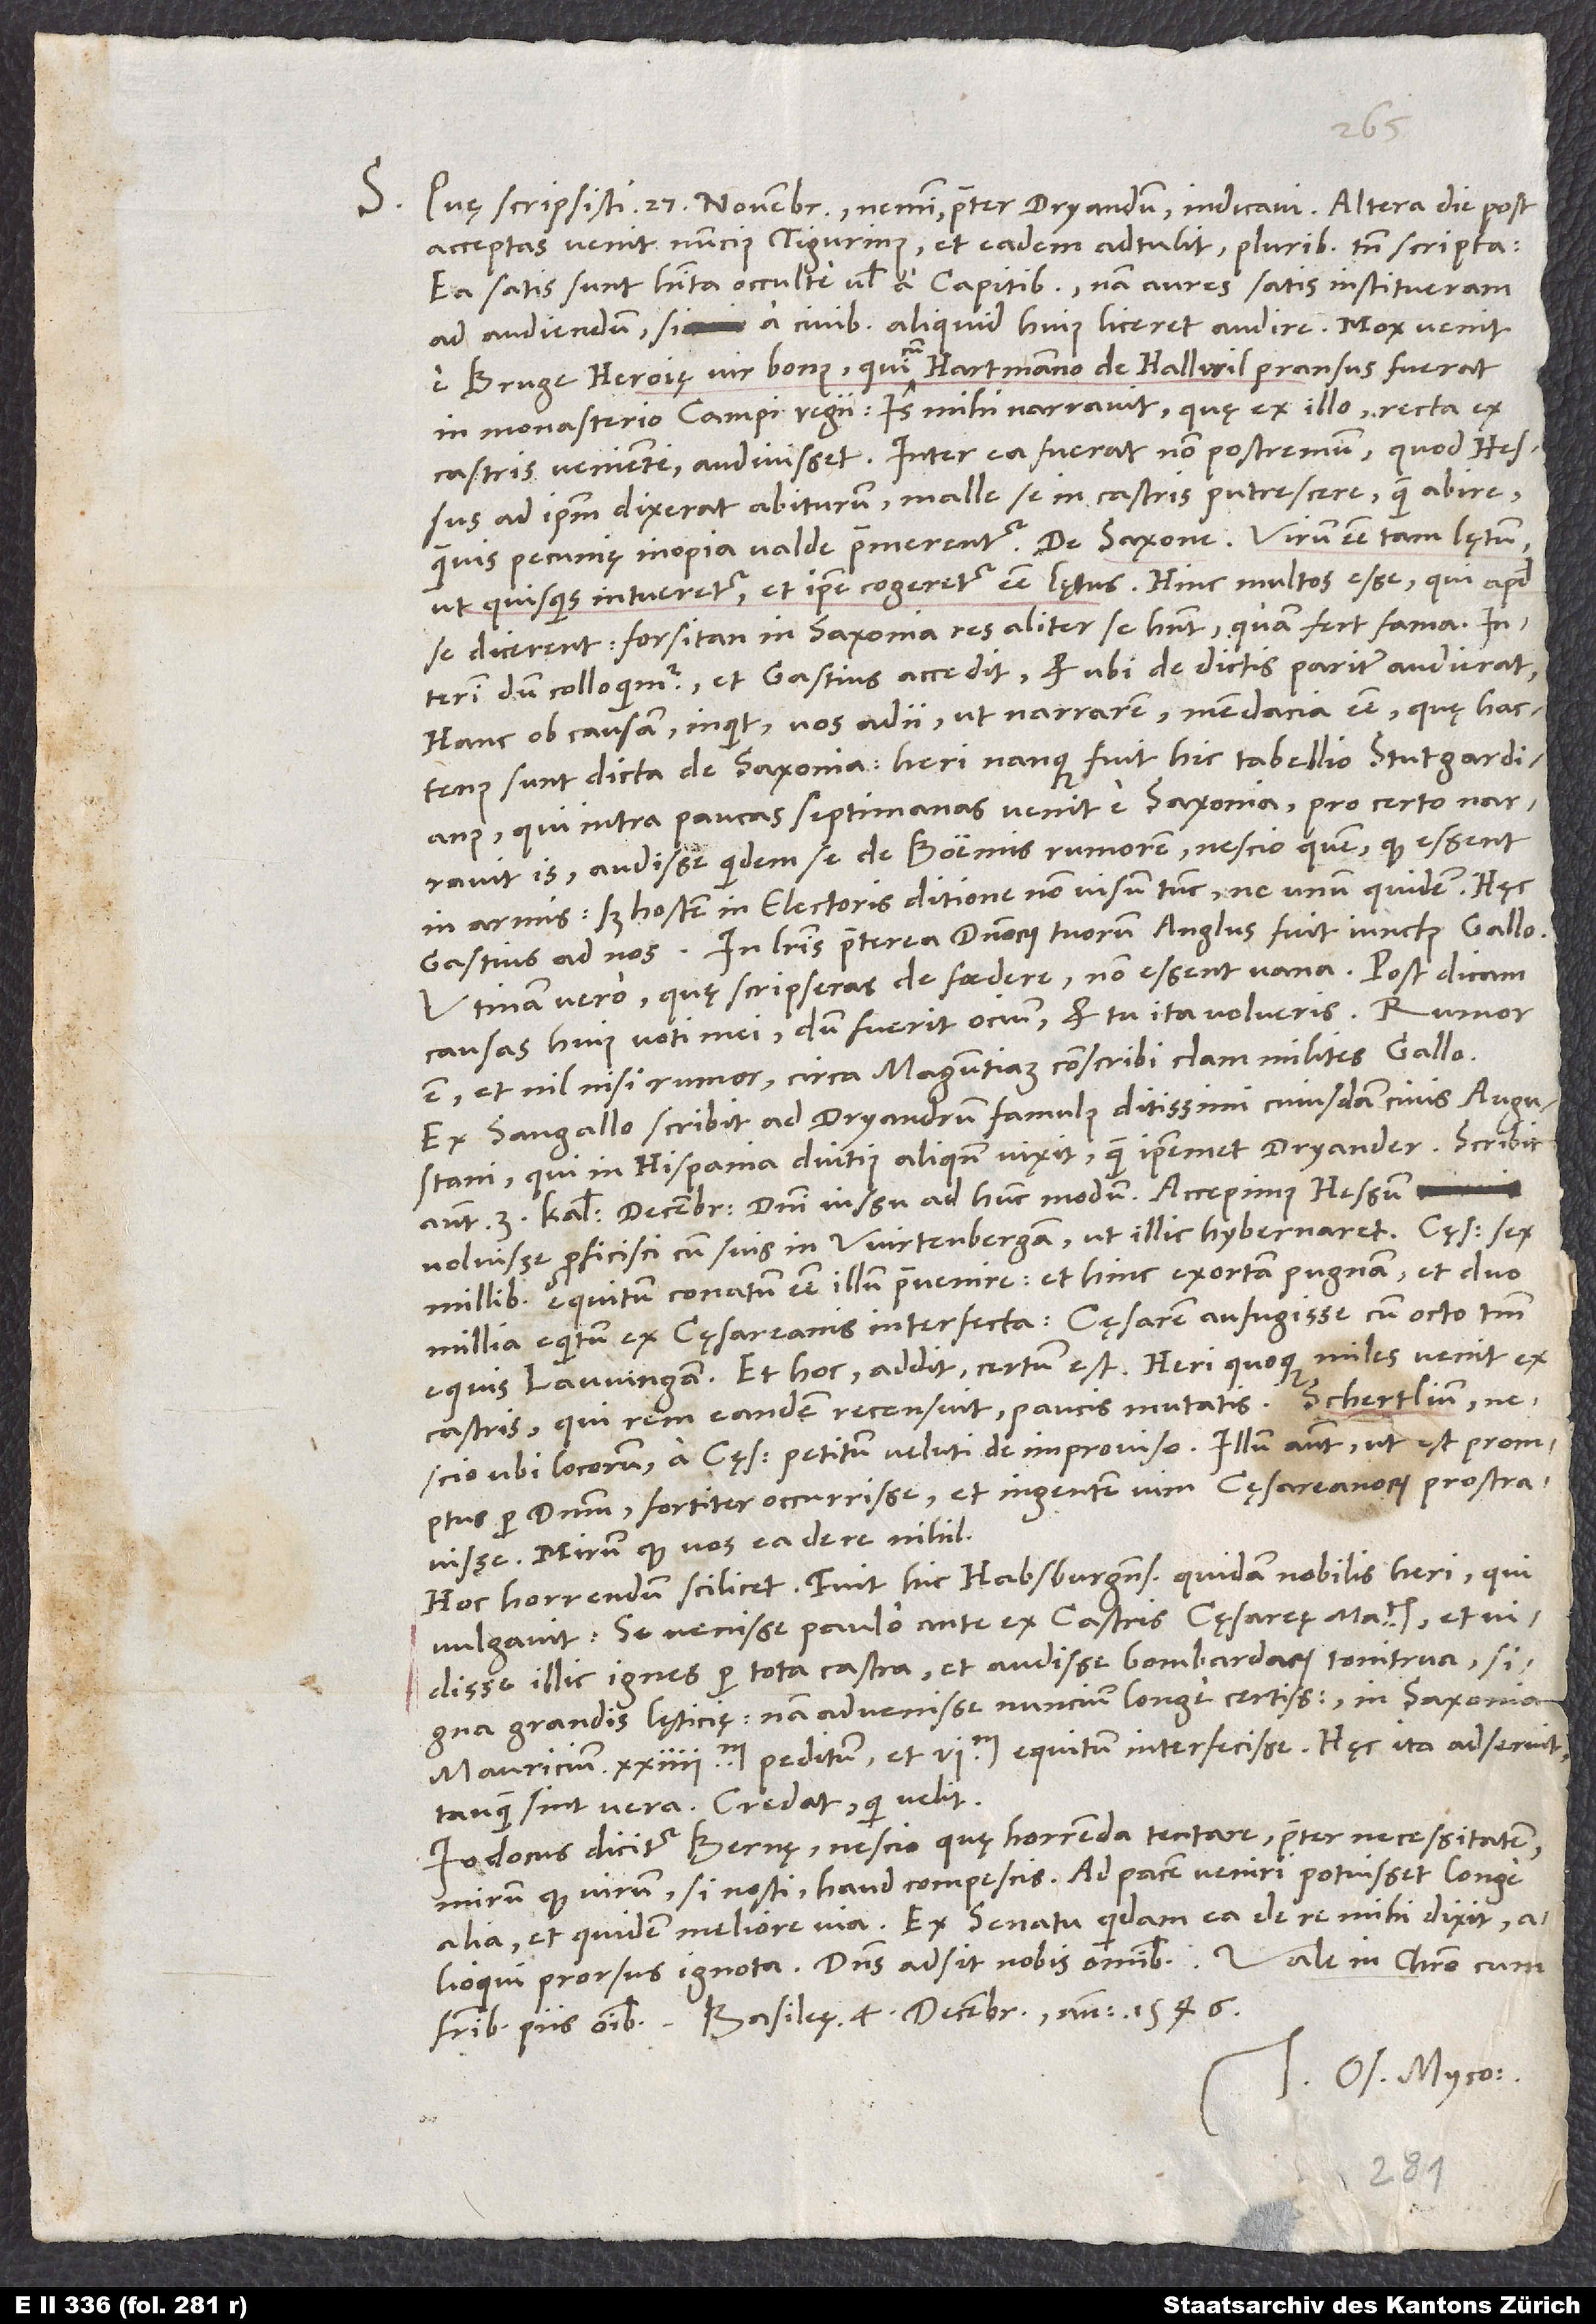
S. Quę scripsisti 27. novembris, nemini praeter Dryandrum indicavi. Altera die post
acceptas venit nuncius Tigurinus et eadem adtulit pluribus tamen scripta.
Ea satis sunt habita occulte vel a capitibus, nam aures satis institueram
ad audiendum, si a civibus aliquid huius liceret audire.
e Bruge Heroię vir bonus, qui cum Hartmanno de Hallwil pransus fuerat
in monasterio Campi Regii. Is mihi narravit, quę ex illo recta ex
castris veniente audivisset. Inter ea fuerat non postremum, quod Hessus
ad ipsum dixerat abiturum malle se in castris putrescere quam abire,
quamvis pecunię inopia valde premerentur. De Saxone: Virum esse tam lętum,
ut, quisquis eum intueretur, et ipse cogeretur esse lętus. Hinc multos esse, qui apud
se dicerent: „Forsitan in Saxonia res aliter se habent, quam fert fama.“
dum colloquimur, et Gastius accedit et, ubi de dictis pariter audierat:
„Hanc ob causam“ inquit „vos adii, ut narrarem mendacia esse, quę hactenus
sunt dicta de Saxonia. Heri nanque fuit hic tabellio Stutgardianus,
qui intra paucas septimanas venit e Saxonia. Pro certo narravit
is audisse quidem se de Boemis rumorem nescio quem, quod essent
in armis, sed hostem in electoris ditione non visum tunc, ne unum quidem.“ Hęc
In literis praeterea dominorum tuorum Anglus fuit iunctus Gallo.
Utinam vero, quae scripseras de foedere, non essent vana. Post dicam
causas huius voti mei, dum fuerit ocium et tu ita volueris. Rumor
est et nil nisi rumor circa Maguntiam conscribi clam milites Gallo.
Ex Sangallo scribit ad Dryandrum famulus ditissimi cuiusdam civis Augustani,
qui in Hispania diutius aliquando vixit quam ipsemet Dryander. Scribit
autem 3. kalendis decembris domini iussu ad hunc modum: „Accepimus Hessum
voluisse proficisci cum suis in Wirtenbergam, ut illic hybernaret. Cęsarem sex
millibus equitum conatum esse illum praevenire, et hinc exortam pugnam et duo
millia equitum ex cęsareanis interfecta, cęsarem aufugisse cum octo tantum
equis Lauvingam. Et hoc addit: „Certum est.“ Heri quoque miles venit ex
castris, qui rem eandem recensuit paucis mutatis: Schertlium
nescio ubi locorum a cęsare petitum veluti de improviso, illum autem, ut est promptus
per dominum, fortiter occurisse et ingentem vim cęsareanorum prostravisse.
Mirum, quod vos ea de re nihil.
Hoc horrendum scilicet: Fuit hic Habsburgensis quidam nobilis heri, qui
vulgavit se venisse paulo ante ex castris cęsareę maiestatis et
vidisse illic ignes per tota castra et audisse bombardarum tonitrua, signa
grandis lęticię; nam advenisse nuncium longe certissimum in Saxonia
Mauricium 24’000 peditum et 6’000 equitum interfecisse. Hęc ita adseruit,
tanquam sint vera. Credat, qui velit.
Iodocus dicitur Bernę nescio quę horrenda tentare praeter necessitatem.
Mirum, quod virum, si nosti, haud compescis. Ad pacem veniri potuisset longe
alia et quidem meliore via. Ex senatu quidam ea de re mihi dixit,
fratribus piis omnibus. Basileę, 4. decembris anno 1546.
Tuus Os. Myco.